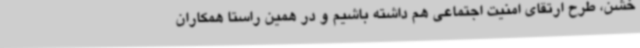
خشن، طرح ارتقای امنیت اجتماعی هم داشته باشیم و در همین راستا همکاران